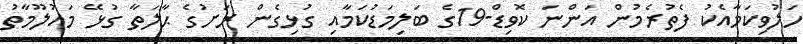
ހަލުވިކަމާއެކު ފެތުރެމުން އަންނަ ކޮވިޑް-19ގެ ބަލިމަޑުކަމާއި ގުޅިގެން ރަށުގެ ޙާލަތާ ގުޅޭ މައުލޫމާތު